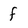
Character: f